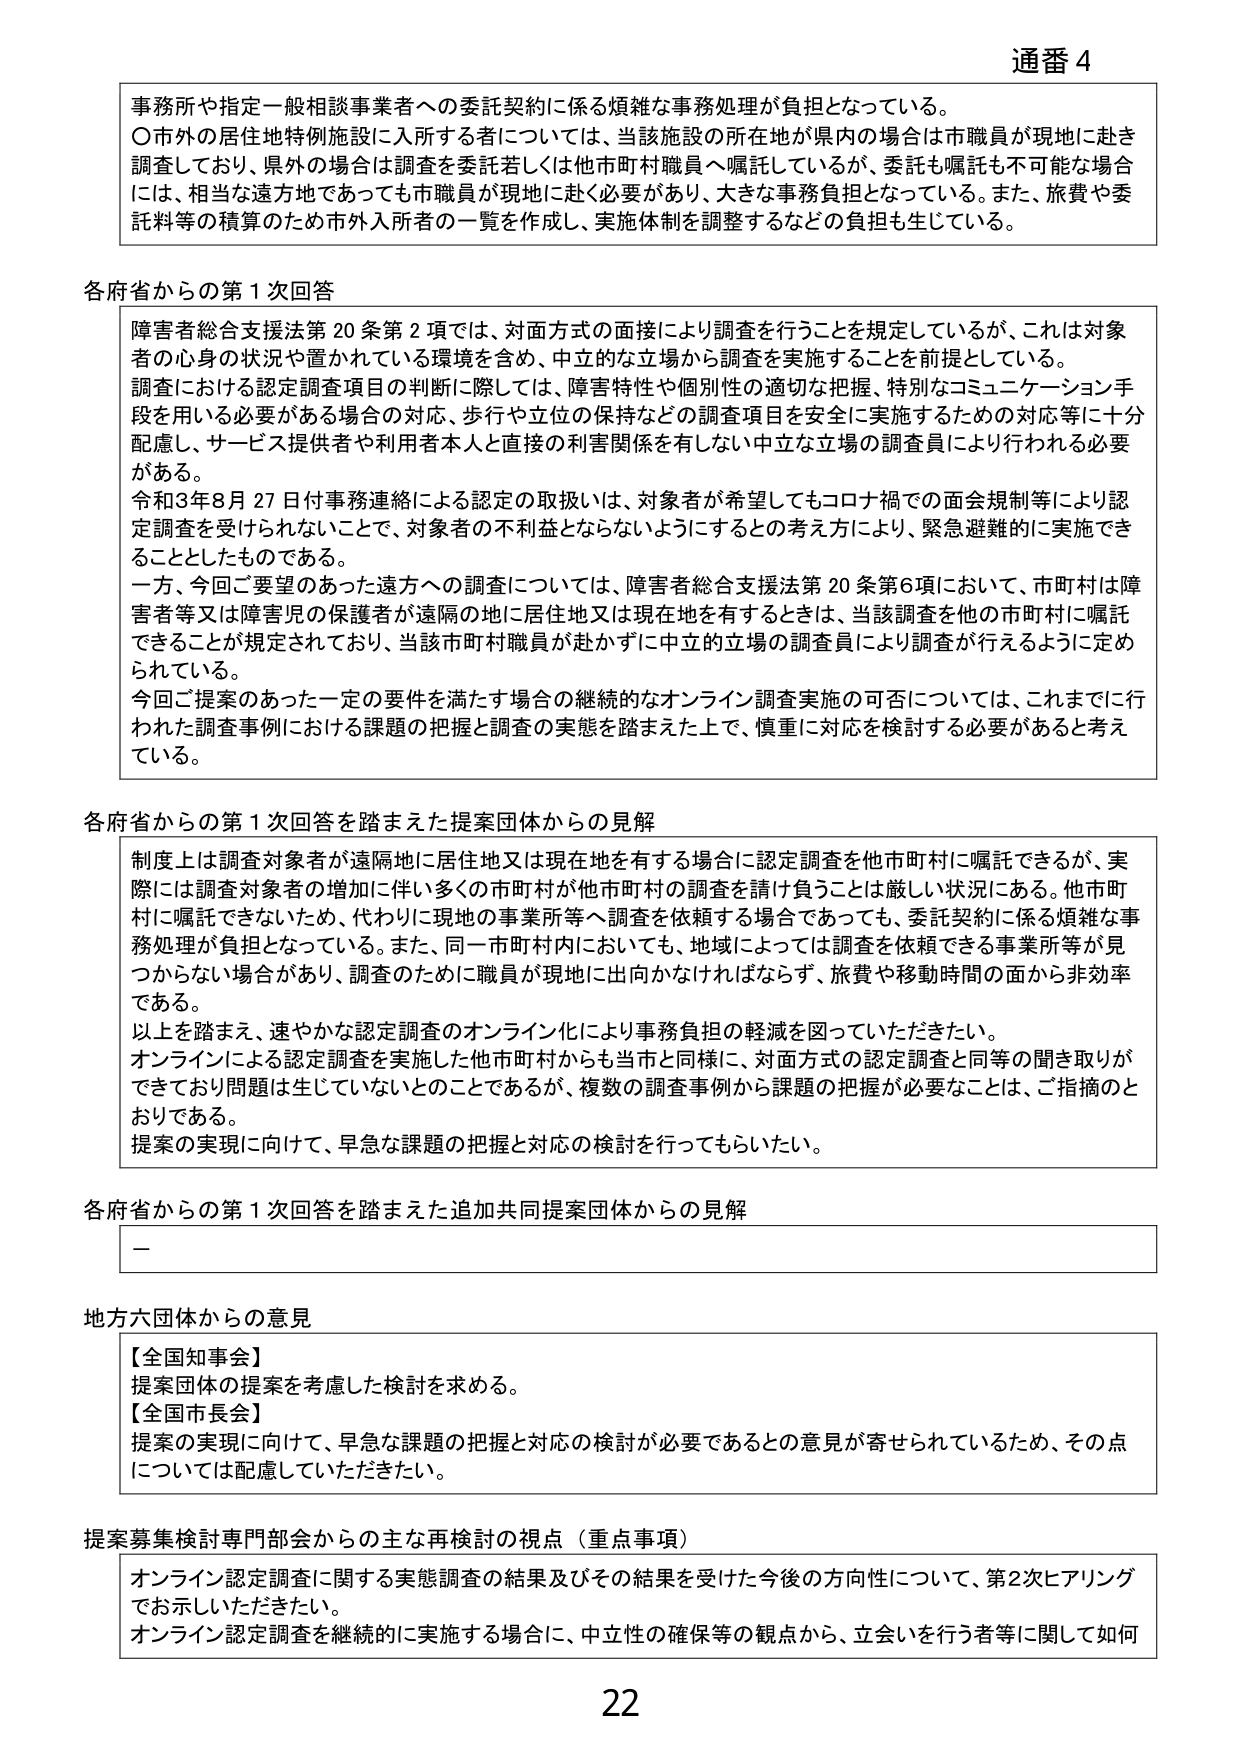
通番 4

事務所や指定一般相談事業者への委託契約に係る煩雑な事務処理が負担となっている。
〇市外の居住地特例施設に入所する者については、当該施設の所在地が県内の場合は市職員が現地に赴き調査しており、県外の場合は調査を委託若しくは他市町村職員へ嘱託しているが、委託も嘱託も不可能な場合には、相当な遠方地であっても市職員が現地に赴く必要があり、大きな事務負担となっている。また、旅費や委託料等の積算のため市外入所者の一覧を作成し、実施体制を調整するなどの負担も生じている。

各府省からの第1次回答

障害者総合支援法第20条第2項では、対面方式の面接により調査を行うことを規定しているが、これは対象者の心身の状況や置かれている環境を含め、中立的な立場から調査を実施することを前提としている。
調査における認定調査項目の判断に際しては、障害特性や個別性の適切な把握、特別なコミュニケーション手段を用いる必要がある場合の対応、歩行や立位の保持などの調査項目を安全に実施するための対応等に十分配慮し、サービス提供者や利用者本人と直接の利害関係を有しない中立な立場の調査員により行われる必要がある。
令和3年8月27日付事務連絡による認定の取扱いは、対象者が希望してもコロナ禍での面会規制等により認定調査を受けられないこと、対象者の不利益とならないようにするとの考え方により、緊急避難的に実施できることとしたものである。
一方、今回ご要望のあった遠方への調査については、障害者総合支援法第20条第6項において、市町村は障害者等又は障害児の保護者が遠隔の地に居住地又は現在地を有するときは、当該調査を他の市町村に嘱託できることが規定されており、当該市町村職員が赴かずに中立的立場の調査員により調査が行えるように定められている。
今回ご提案のあった一定の要件を満たす場合の継続的なオンライン調査実施の可否については、これまでに行われた調査事例における課題の把握と調査の実態を踏まえた上で、慎重に対応を検討する必要があると考えている。

各府省からの第1次回答を踏まえた提案団体からの見解

制度上は調査対象者が遠隔地に居住地又は現在地を有する場合に認定調査を他市町村に嘱託できるが、実際には調査対象者の増加に伴い多くの市町村が他市町村の調査を請け負うことは厳しい状況にある。他市町村に嘱託できないため、代わりに現地の事業所等へ調査を依頼する場合であっても、委託契約に係る煩雑な事務処理が負担となっている。また、同一市町村内においても、地域によっては調査を依頼できる事業所等が見つからない場合があり、調査のために職員が現地に出向かなければならず、旅費や移動時間の面から非効率である。
以上を踏まえ、速やかな認定調査のオンライン化により事務負担の軽減を図っていただきたい。
オンラインによる認定調査を実施した他市町村からも当市と同様に、対面方式の認定調査と同等の聞き取りができており問題は生じていないとのことであるが、複数の調査事例から課題の把握が必要なことは、ご指摘のとおりである。
提案の実現に向けて、早急な課題の把握と対応の検討を行ってもらいたい。

各府省からの第1次回答を踏まえた追加共同提案団体からの見解

—

地方六団体からの意見

【全国知事会】
提案団体の提案を考慮した検討を求める。
【全国市長会】
提案の実現に向けて、早急な課題の把握と対応の検討が必要であるとの意見が寄せられているため、その点については配慮していただきたい。

提案募集検討専門部会からの主な再検討の視点（重点事項）

オンライン認定調査に関する実態調査の結果及びその結果を受けた今後の方針性について、第2次にアリングで示していただきたい。
オンライン認定調査を継続的に実施する場合に、中立性の確保等の観点から、立会いを行う者等に関して如何

22